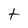
Character: t